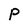
Character: P